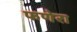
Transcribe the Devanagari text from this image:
फणेरा